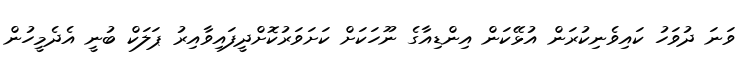
ވަނަ ދުވަހު ކައިވެނިކުރަން އުޅޭކަން އިންޑިއާގެ ނޫހަކަށް ކަށަވަރުކޮށްދީފައިވާއިރު ޕަލަކް ބުނީ އެދެމީހުން